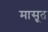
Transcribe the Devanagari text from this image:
मासूत